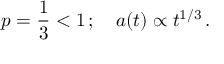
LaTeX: p = \frac { 1 } { 3 } < 1 \, ; ~ ~ ~ a ( t ) \propto t ^ { 1 / 3 } \, .